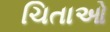
ચિતાઓ